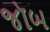
જૉબ